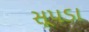
સૂપડા